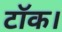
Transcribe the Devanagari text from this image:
टॉक।